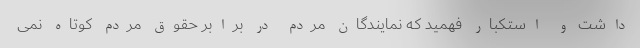
داشت و استکبار فهمید که نمایندگان مردم در برابر حقوق مردم کوتاه نمی